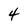
Character: 4